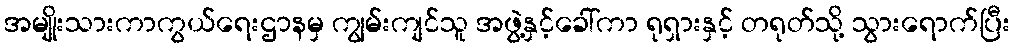
အမျိုးသားကာကွယ်ရေးဌာနမှ ကျွမ်းကျင်သူ အဖွဲ့နှင့်ခေါ်ကာ ရုရှားနှင့် တရုတ်သို့ သွားရောက်ပြီး